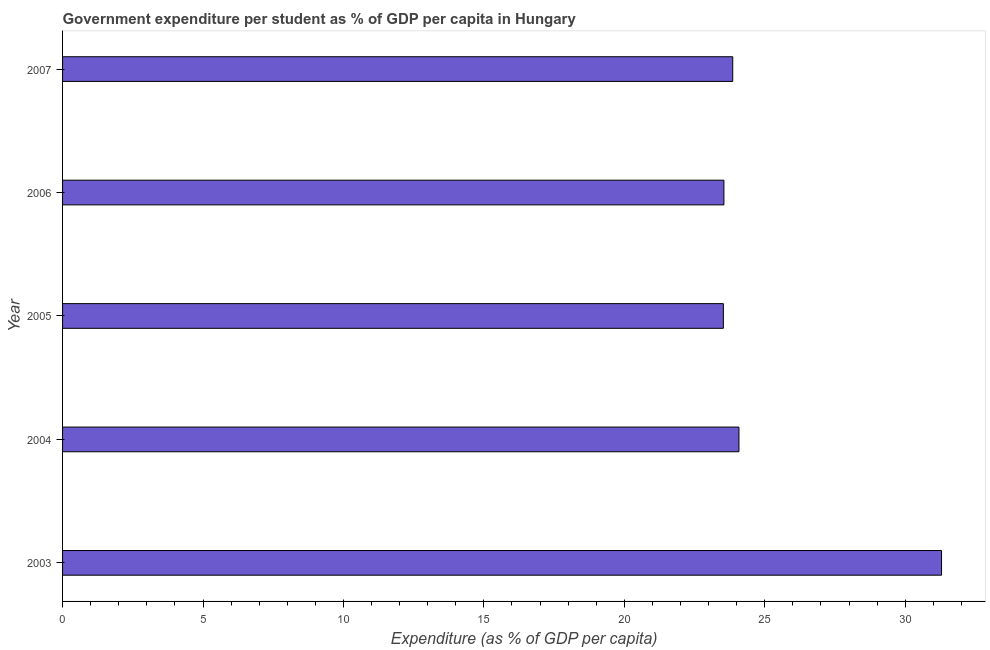
| Year | Government expenditure per tertiary student |
 | --- | --- |
 | 2003 | 31.3 |
 | 2004 | 24.1 |
 | 2005 | 23.5 |
 | 2006 | 23.5 |
 | 2007 | 23.9 |